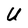
Character: U